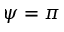
\psi = \pi